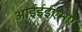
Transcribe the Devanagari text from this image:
आईईईएमए